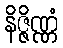
နိဇ္ဇိဏ္ဏံ